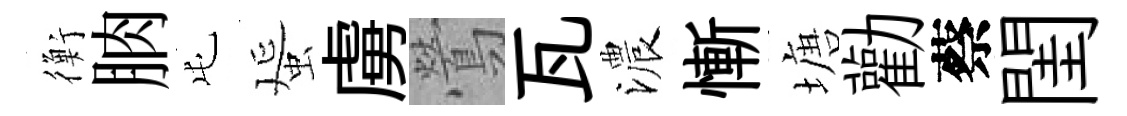
衡朒屯蜑虜鶯瓦濃慚塘勸蔡閨